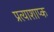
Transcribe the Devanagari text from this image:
प्रत्याशाप्क